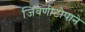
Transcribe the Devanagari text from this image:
जिवणीटोपाने